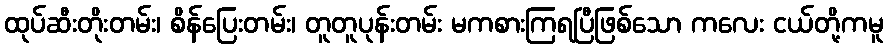
ထုပ်ဆီးတိုးတမ်း၊ စိန်ပြေးတမ်း၊ တူတူပုန်းတမ်း မကစားကြရပြီဖြစ်သော ကလေး ငယ်တို့ကမူ